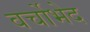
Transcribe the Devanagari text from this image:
वर्चोभेद